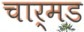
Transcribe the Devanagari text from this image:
चार्मड